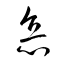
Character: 悳